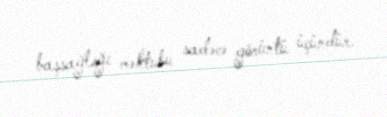
başsağlığı məktubu sadəcə görüntü üçündür.